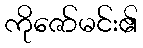
ကိုဇော်မင်း၏